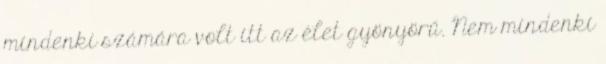
mindenki számára volt itt az élet gyönyörű. Nem mindenki